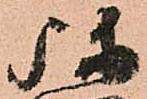
弥